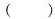
( )